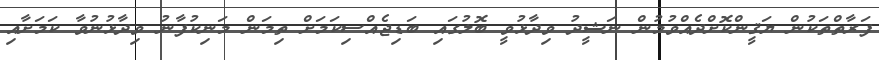
ފަރާތްތަކުން ޔަޤީންކޮށްދެއްވުމުން ނަޝީދު ވިދާޅުވީ ބޮލުގައި ބަޑިޖެއްސިކަމަށް ތިމަން މަނިކުފާނު ވިދާޅުނުވާ ކަމަށާއި